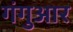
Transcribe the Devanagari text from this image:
गंगुआर